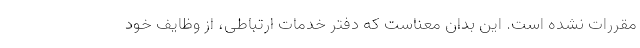
مقررات نشده است. این بدان معناست که دفتر خدمات ارتباطی، از وظایف خود